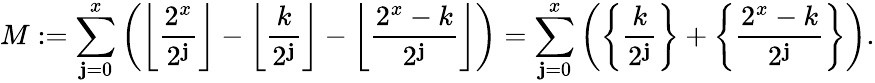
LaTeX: M:=\sum_{\mathbf{j}=0}^{x}\left(\left\lfloor\frac{{2^{x}}}{{2^{\mathbf{j}}}}\right\rfloor-\left\lfloor\frac{{k}}{{2^{\mathbf{j}}}}\right\rfloor-\left\lfloor\frac{{2^{x}-k}}{{2^{\mathbf{j}}}}\right\rfloor\right)=\sum_{\mathbf{j}=0}^{x}\left(\left\{ \frac{{k}}{{2^{\mathbf{j}}}}\right\} +\left\{ \frac{{2^{x}-k}}{{2^{\mathbf{j}}}}\right\} \right).